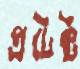
প্রটেক্ট